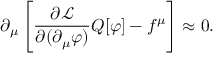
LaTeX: \partial _ { \mu } \left[ { \frac { \partial { \mathcal { L } } } { \partial ( \partial _ { \mu } \varphi ) } } Q [ \varphi ] - f ^ { \mu } \right] \approx 0 .